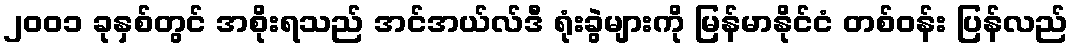
၂၀၀၁ ခုနှစ်တွင် အစိုးရသည် အင်အယ်လ်ဒီ ရုံးခွဲများကို မြန်မာနိုင်ငံ တစ်ဝန်း ပြန်လည်